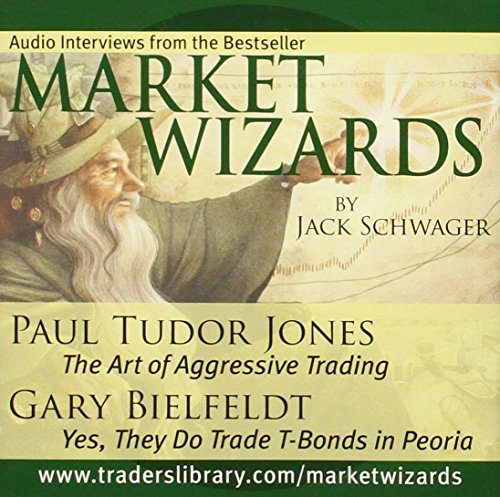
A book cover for Market Wizards: Interviews with Paul Tudor Jones, The Art of Aggressive Trading and Gary Bielfeldt, Yes, They Do Trade T-Bonds in Peoria; Jack D. Schwager; Business & Money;